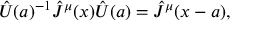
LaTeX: { \hat { U } } ( a ) ^ { - 1 } { \hat { J } } ^ { \mu } ( x ) { \hat { U } } ( a ) = { \hat { J } } ^ { \mu } ( x - a ) ,